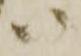
ハ